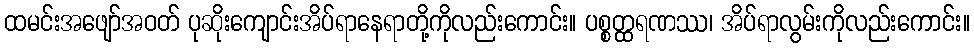
ထမင်းအဖျော်အဝတ် ပုဆိုးကျောင်းအိပ်ရာနေရာတို့ကိုလည်းကောင်း။ ပစ္စတ္ထရဏဿ၊ အိပ်ရာလွမ်းကိုလည်းကောင်း။